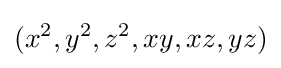
(x^{2},y^{2},z^{2},xy,xz,yz)